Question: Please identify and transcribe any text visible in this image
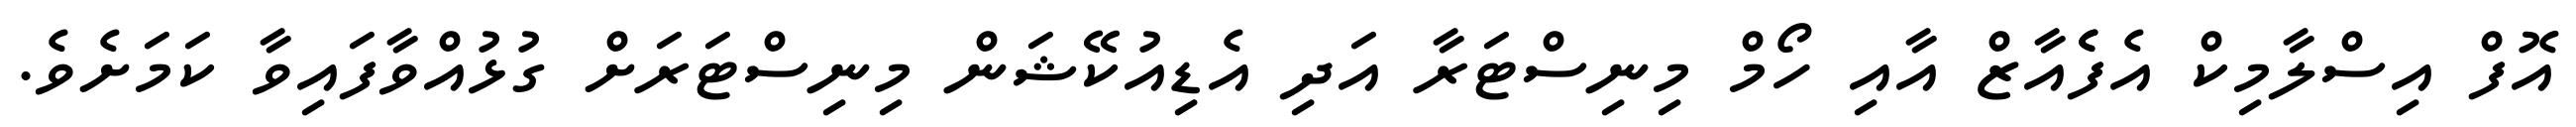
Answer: އޮފް އިސްލާމިކް އެފެެއާޒް އާއި ހޯމް މިނިސްޓަރާ އަދި އެޑިއުކޭޝަން މިނިސްޓަރަށް ގުޅުއްވާފައިވާ ކަމަށެވެ.